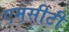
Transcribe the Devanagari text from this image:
एमसीटी